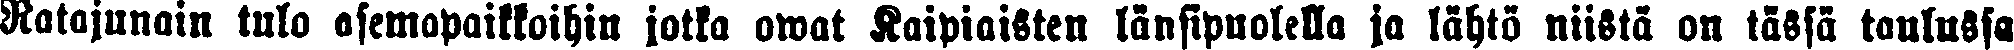
Ratajunain tulo asemapaikkoihin jotka owat Kaipiaisten länsipuolella ja lähtö niistä on tässä taulussa